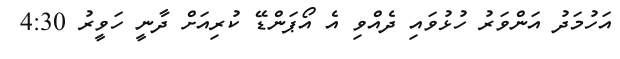
އަހުމަދު އަންވަރު ހުޅުވައި ދެއްވި އެ އޯޕަންޑޭ ކުރިއަށް ދާނީ ހަވީރު 4:30